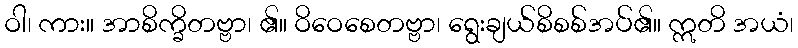
ဝါ၊ ကား။ အာစိက္ခိတဗ္ဗာ၊ ၏။ ဝိဝေစေတဗ္ဗာ၊ ရွေးချယ်စိစစ်အပ်၏။ ဣတိ အယံ၊